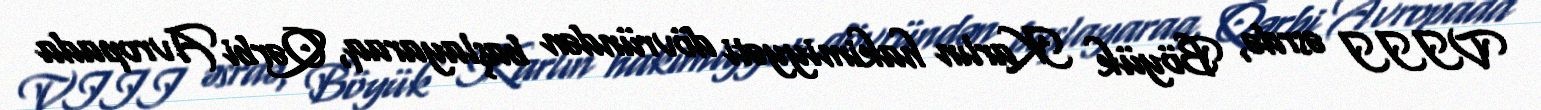
VIII əsrdə, Böyük Karlın hakimiyyəti dövründən başlayaraq, Qərbi Avropada